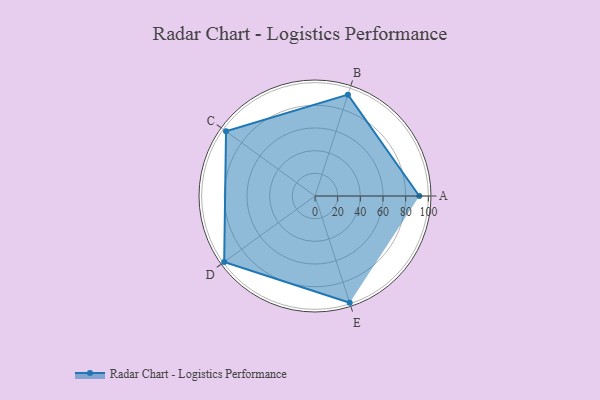
{"axis": {"x": "Skill", "y": "Score"}, "legend": ["Profile"], "data": [{"x": "A", "y": 92.0, "type": "Profile"}, {"x": "B", "y": 94.0, "type": "Profile"}, {"x": "C", "y": 97.0, "type": "Profile"}, {"x": "D", "y": 99, "type": "Profile"}, {"x": "E", "y": 99, "type": "Profile"}]}